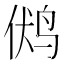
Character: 𲍶